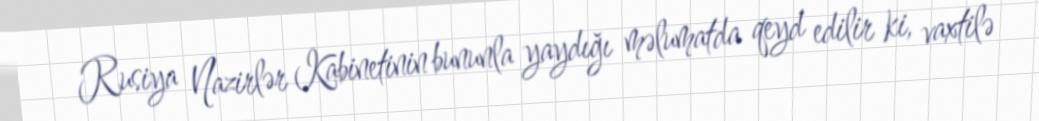
Rusiya Nazirlər Kabinetinin bununla yaydığı məlumatda qeyd edilir ki, vaxtilə